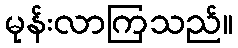
မုန်းလာကြသည်။